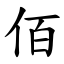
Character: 佰